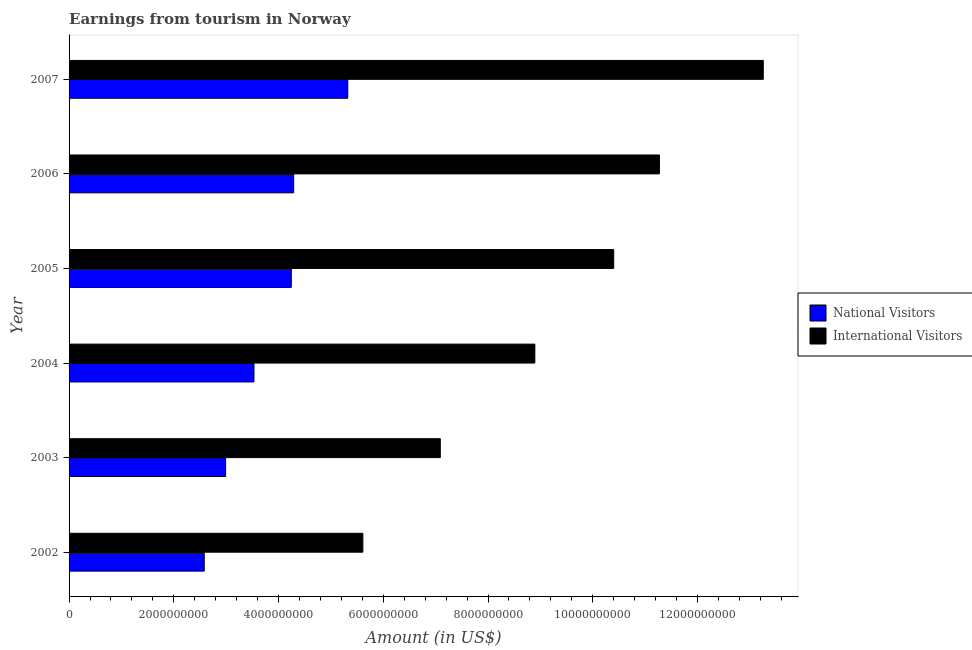
| Year | National Visitors | International Visitors |
 | --- | --- | --- |
 | 2002 | 2.58e+09 | 5.61e+09 |
 | 2003 | 2.99e+09 | 7.09e+09 |
 | 2004 | 3.53e+09 | 8.89e+09 |
 | 2005 | 4.24e+09 | 1.04e+10 |
 | 2006 | 4.29e+09 | 1.13e+10 |
 | 2007 | 5.32e+09 | 1.33e+10 |